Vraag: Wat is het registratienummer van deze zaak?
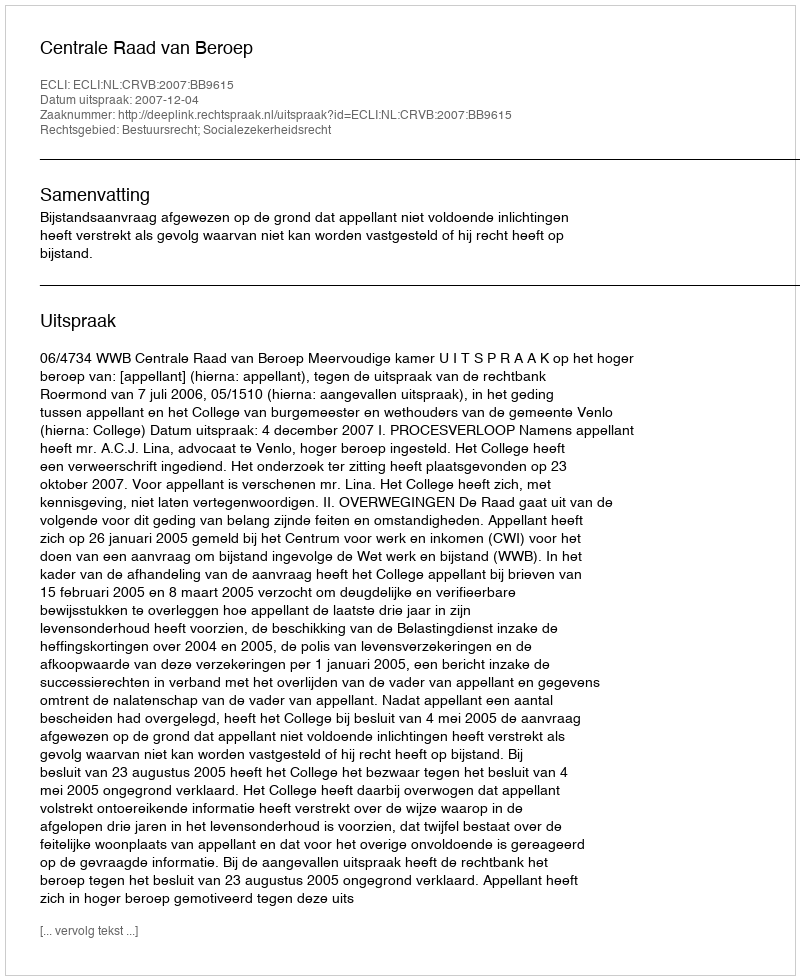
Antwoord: http://deeplink.rechtspraak.nl/uitspraak?id=ECLI:NL:CRVB:2007:BB9615